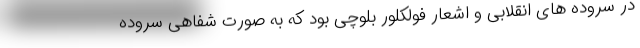
در سروده های انقلابی و اشعار فولکلور بلوچی بود که به صورت شفاهی سروده